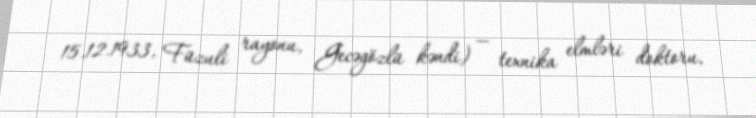
15.12.1933, Füzuli rayonu, Gecəgözlü kəndi) — texnika elmləri doktoru,